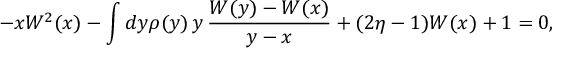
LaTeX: - x W ^ { 2 } ( x ) - \int d y \rho ( y ) \, y \, \frac { W ( y ) - W ( x ) } { y - x } + ( 2 \eta - 1 ) W ( x ) + 1 = 0 ,